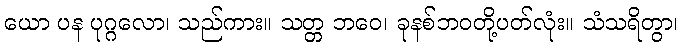
ယော ပန ပုဂ္ဂလော၊ သည်ကား။ သတ္တ ဘဝေ၊ ခုနစ်ဘဝတို့ပတ်လုံး။ သံသရိတွာ၊